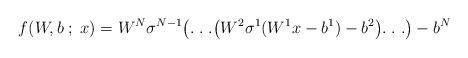
LaTeX: \begin{align*}f(W, b \; ; \; x) = W^N \sigma^{N-1} \big( . \; . \; . \big( W^2 \sigma^1 (W^1 x - b^1) - b^2\big) . \; . \; . \big)-b^N \end{align*}